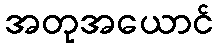
အတုအယောင်